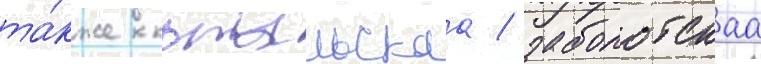
та́кже копыльскаа / заболотскаа